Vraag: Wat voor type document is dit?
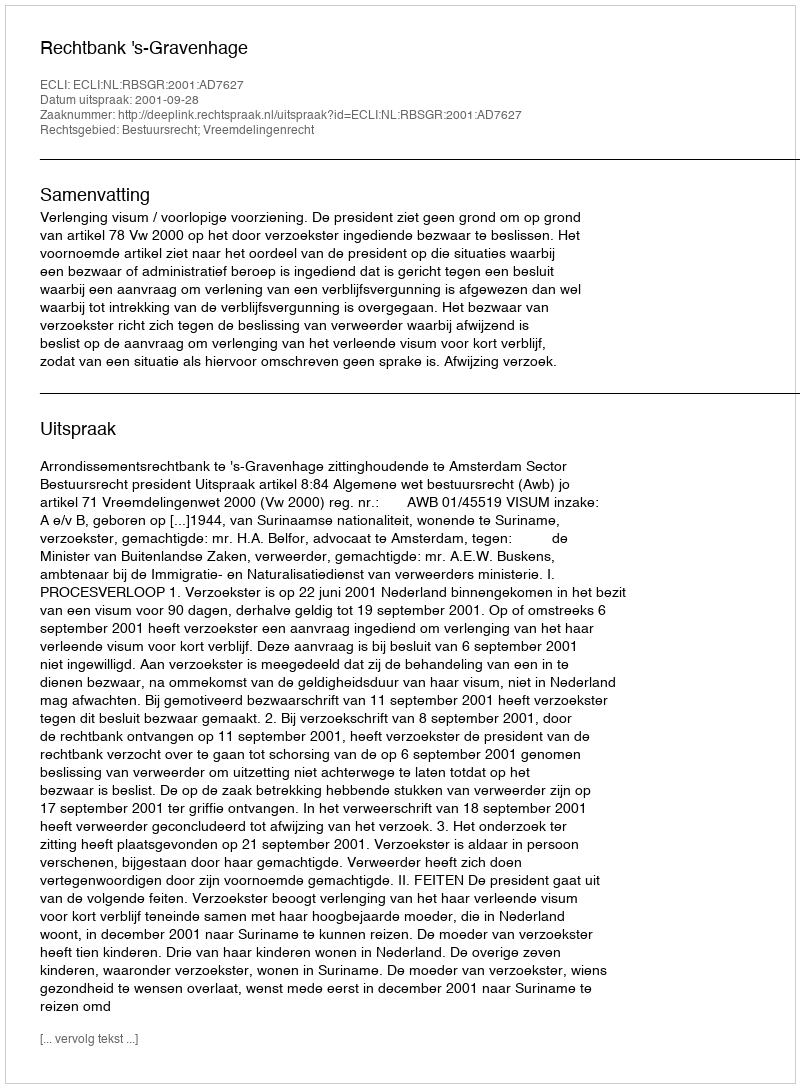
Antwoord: Uitspraak